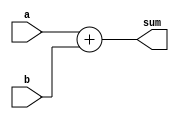
module eight_bit_adder (
    input [11:0] a,
    input [11:0] b,
    output [11:0] sum
);

   
    assign  sum = a + b;
    

endmodule